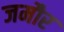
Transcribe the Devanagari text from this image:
जमौर